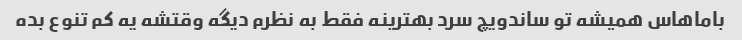
باماهاس همیشه تو ساندویچ سرد بهترینه فقط به نظرم دیگه وقتشه یه کم تنوع بده